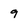
Character: 9